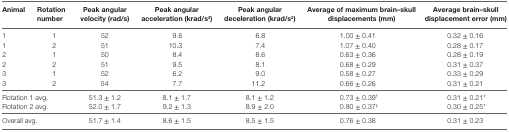
| Animal | Rotation number | Peak angular velocity (rad/s) | Peak angular acceleration (krad/s2) | Peak angular deceleration (krad/s2) | Average of maximum brain–skull displacements (mm) | Average brain–skull displacement error (mm) |
 | --- | --- | --- | --- | --- | --- | --- |
 | 1 | 1 | 52 | 9.6 | 6.8 | 1.00 ± 0.41 | 0.32 ± 0.16 |
 | 1 | 2 | 51 | 10.3 | 7.4 | 1.07 ± 0.40 | 0.28 ± 0.17 |
 | 2 | 1 | 50 | 8.4 | 8.6 | 0.63 ± 0.36 | 0.28 ± 0.19 |
 | 2 | 2 | 51 | 9.5 | 8.1 | 0.68 ± 0.29 | 0.31 ± 0.37 |
 | 3 | 1 | 52 | 6.2 | 9.0 | 0.58 ± 0.27 | 0.33 ± 0.29 |
 | 3 | 2 | 54 | 7.7 | 11.2 | 0.66 ± 0.26 | 0.31 ± 0.21 |
 | <COLSPAN=2> Rotation 1 avg. | 51.3 ± 1.2 | 8.1 ± 1.7 | 8.1 ± 1.2 | 0.73 ± 0.39† | 0.31 ± 0.21* |
 | <COLSPAN=2> Rotation 2 avg. | 52.0 ± 1.7 | 9.2 ± 1.3 | 8.9 ± 2.0 | 0.80 ± 0.37‡ | 0.30 ± 0.25* |
 | <COLSPAN=2> Overall avg. | 51.7 ± 1.4 | 8.6 ± 1.5 | 8.5 ± 1.5 | 0.76 ± 0.38 | 0.31 ± 0.23 |